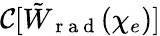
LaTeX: \mathcal{C}[\tilde{W}_{\mathrm{~r~a~d~}}(\chi_{e})]